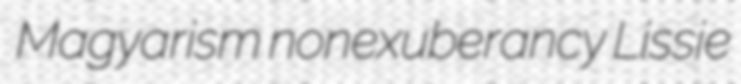
Magyarism nonexuberancy Lissie